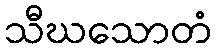
သီဃသောတံ